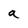
Character: a